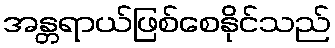
အန္တရာယ်ဖြစ်စေနိုင်သည်